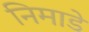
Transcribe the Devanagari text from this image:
निमाडे